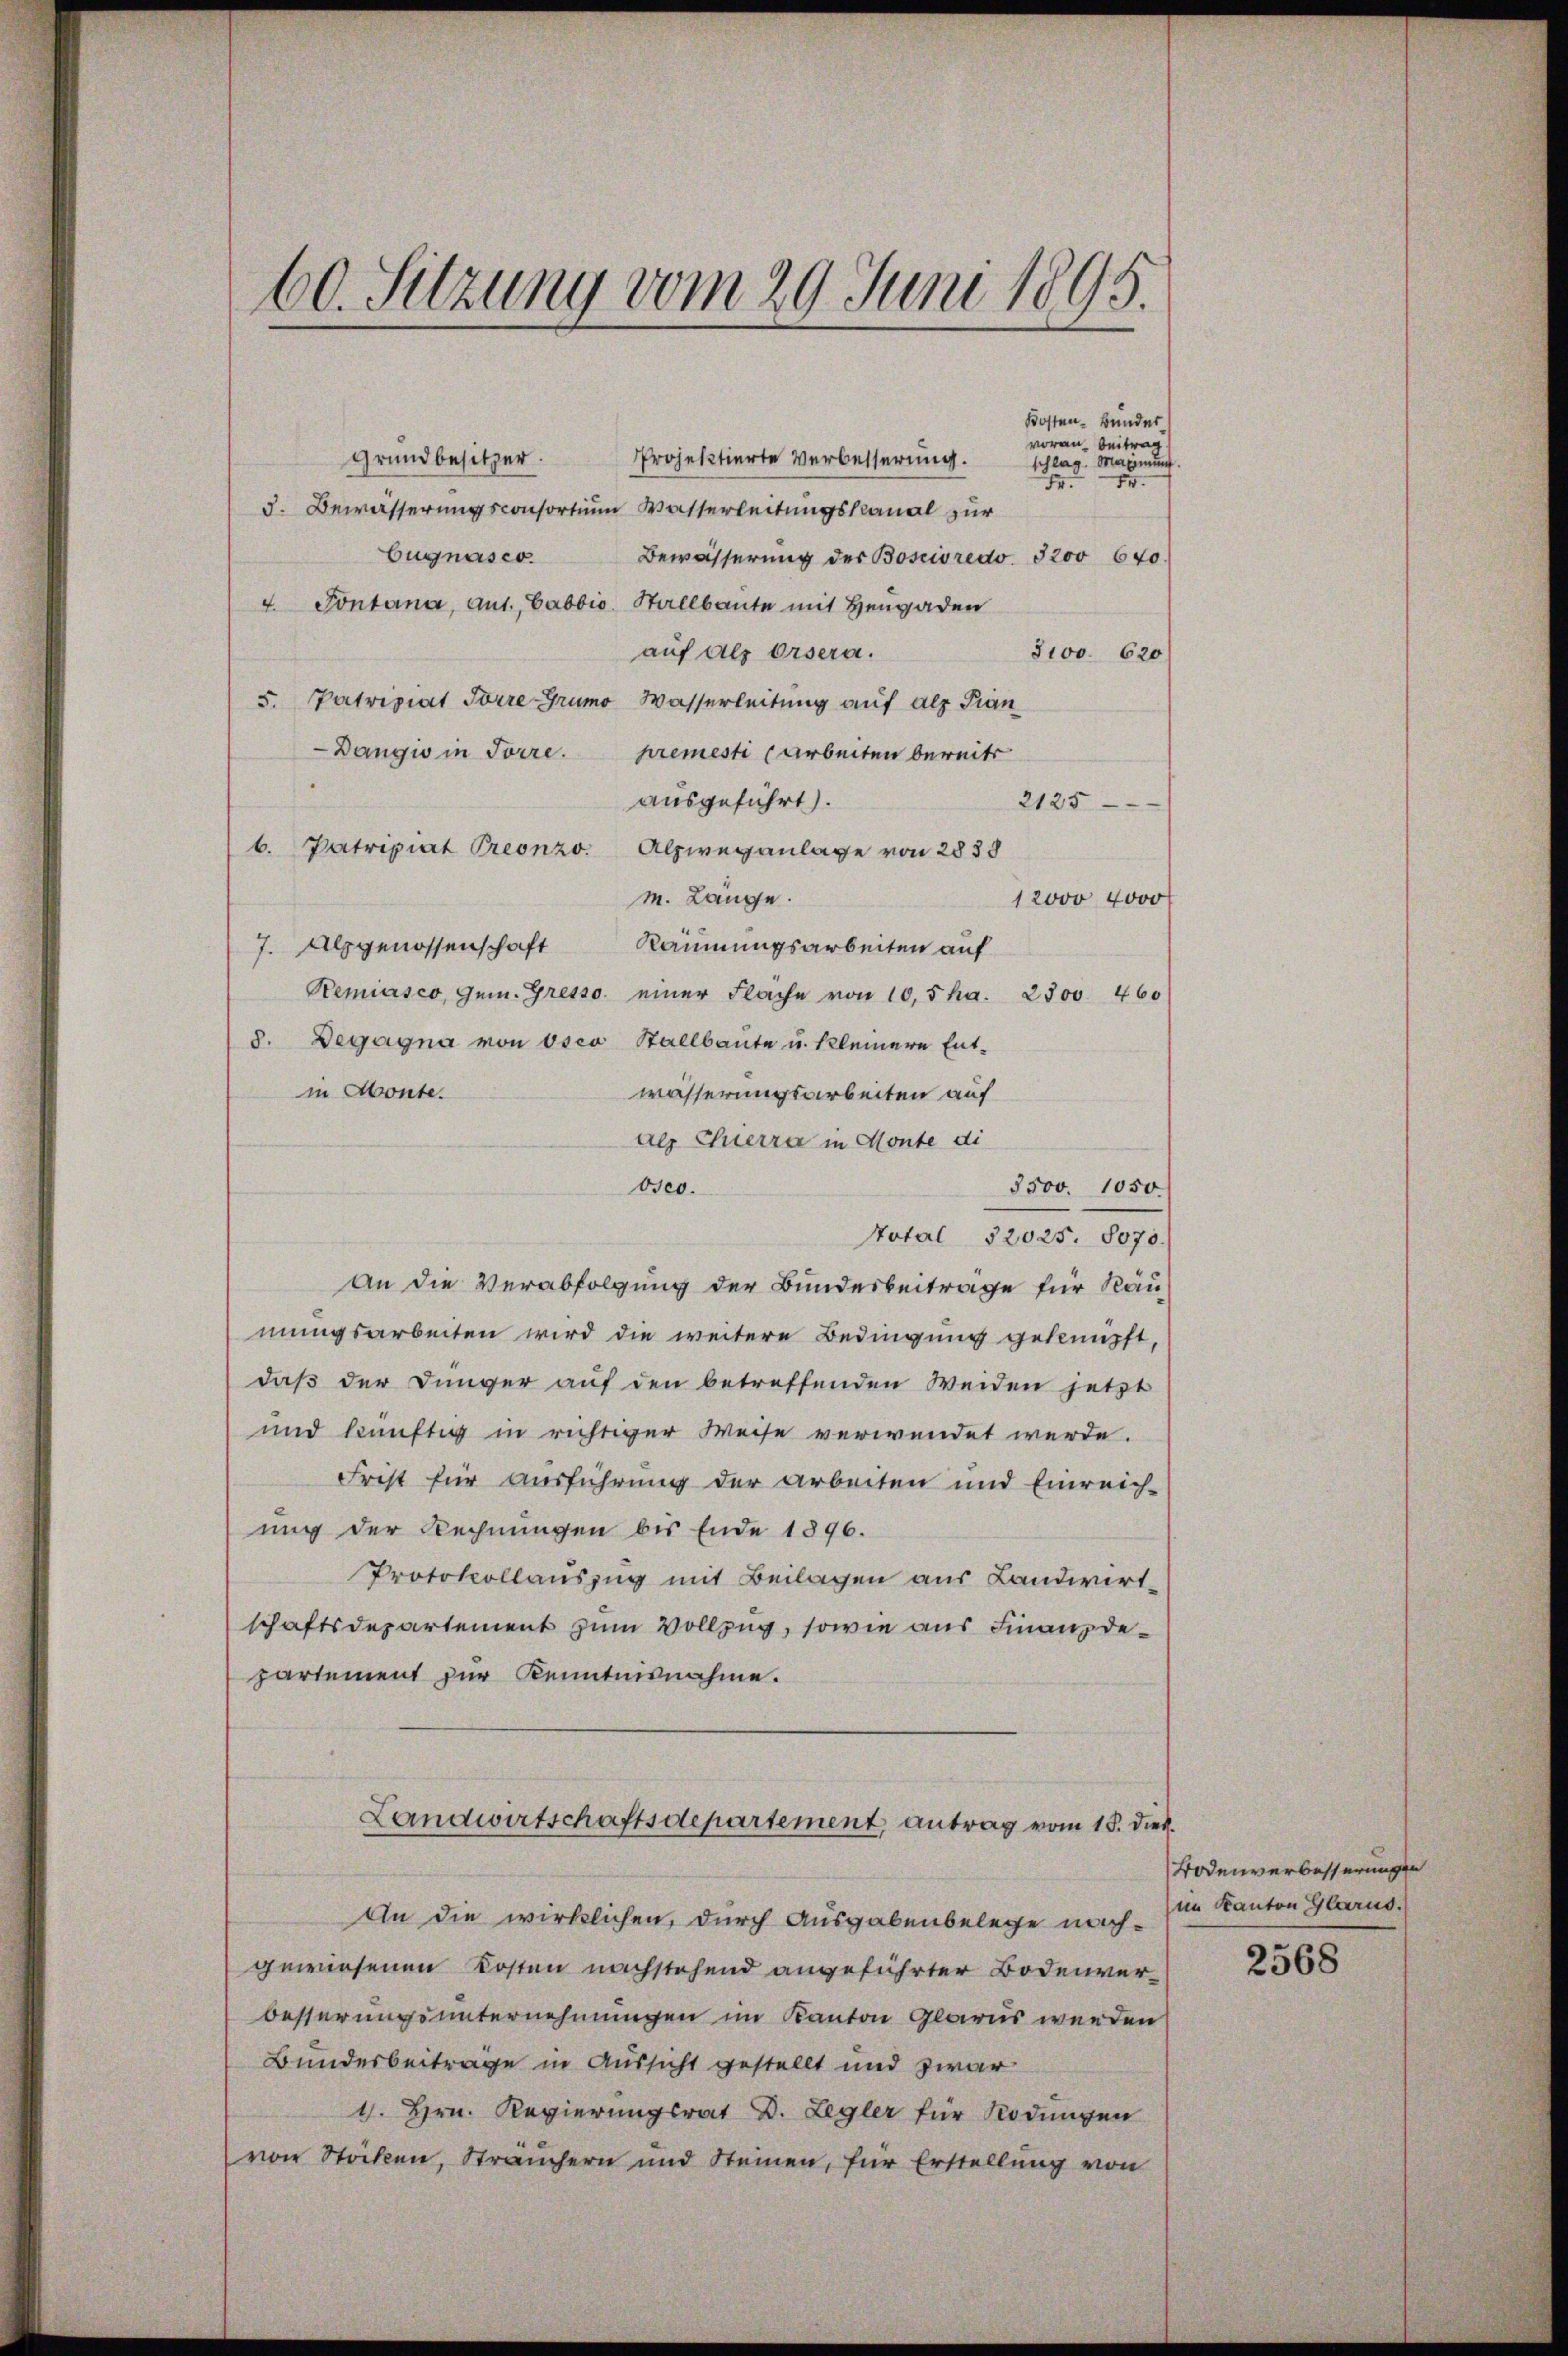
60. Sitzung vom 29. Juni 1895.

Projektierte Verbesserung.
Grundbesitzer.
3. Bewässerungsconsortium Wasserleitungskanal zur
bugnasco.
Bewässerung der Boscivredo. 5200 640.
4. Pontana, aus. Cabbio, Stallbaute mit Hengaden
auf als Orsera.
3100. 620
5. Patriziat Toire Grumo Wasserleitung auf alz Pran
Dangi in Forre. Kremesti (Arbeiten bereits
ausgeführt.
2125
b. Patripiat Preonzo.
Alpweganlage von 2838
m. Lange.
12000 4000
Räumungsarbeiten auf
7. Als genossenschaft
Remiasco, Gem. Gresso einer Flache von 10,5 ha. 2500 460
8. Degagna von osca Stallbaute u. kleinere Entin Monte.
wässerungsarbeiten auf
als Chierra in Monte di
0sco.
3500. 1050.
Stotal 52025. 8070.
An die Verabfolgung der Bundesbeitrage für Räu
mungsarbeiten wird die weitere Bedingung geknüpft,
daß der Dünger auf den betreffenden Weiden jetzt
und künftig in richtiger Weise verwendet werde.
Frist für Ausführung der Arbeiten und Einreich-
ung der Rechnungen bis Ende 1896.
Protokollauszug mit Beilagen aus Landwirtschaftsdepartement zum Vollzug, sowie aus Finanzdepartement zur Kenntnisnahme.
Landwirtschaftsdepartement, antrag vom 15. dies
An die wirklichen, durch Ausgabenbelege nachgewiesenen Kosten nachstehend angeführter Bodenverbesserungsunternehmungen im Kanton Glarus werden
Bundesbeiträge in Aussicht gestellt und zwar
4. Hrn. Regierungsrat D. Regler für Rodungen
von Stöcken, Sträuchern und Steinen, für Erstellung von

Kosten Bunder
voran beitrag
schlag. Maxinung.
8

Bodenverbesserungen
im Kanton Glarus.

2568